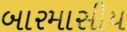
બારમાસીય